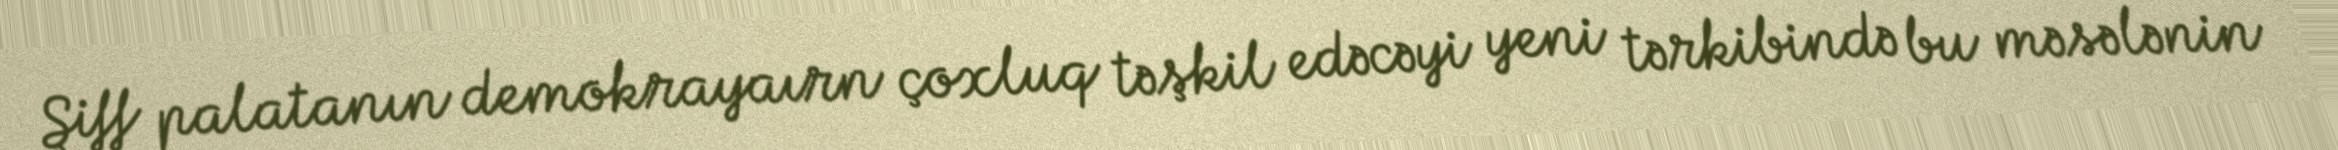
Şiff palatanın demokrayaırn çoxluq təşkil edəcəyi yeni tərkibində bu məsələnin